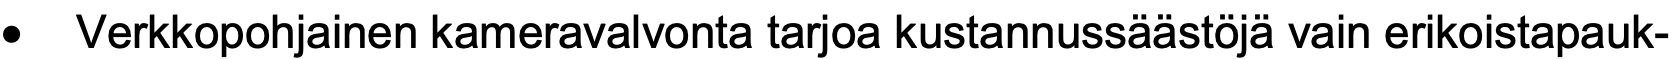
•  Verkkopohjainen kameravalvonta tarjoa kustannussäästöjä vain erikoistapauk-